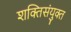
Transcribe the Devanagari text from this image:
शक्तिसंयुक्त